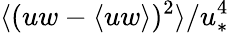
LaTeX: \langle(uw-\langle uw\rangle)^{2}\rangle/u_{\ast}^{4}